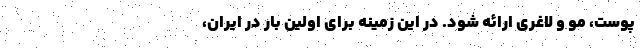
پوست، مو و لاغری ارائه شود. در این زمینه برای اولین بار در ایران،